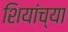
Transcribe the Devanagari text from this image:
शियांच्या